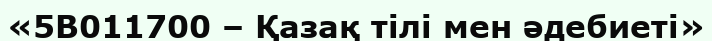
«5В011700 – Қазақ тілі мен әдебиеті»